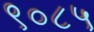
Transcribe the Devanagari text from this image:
९०८५